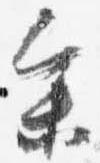
参